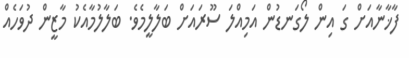
ފާޚާނާއަށް ގަ އިން ލޯގަނޑުން އަމިއްލަ ސޫރައަށް ބަލާލީމެވެ. ބަލާލުމާއެކު މާޒީން ދުވަހެއް